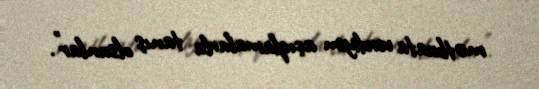
mətbuata verdiyim açıqlamalarla tanış olsunlar”.